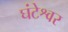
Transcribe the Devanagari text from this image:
घंटेश्वर